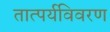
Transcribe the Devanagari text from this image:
तात्पर्यविवरण